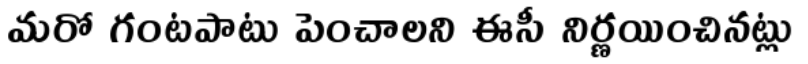
మరో గంటపాటు పెంచాలని ఈసీ నిర్ణయించినట్లు